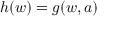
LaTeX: h ( w ) = g ( w , a )